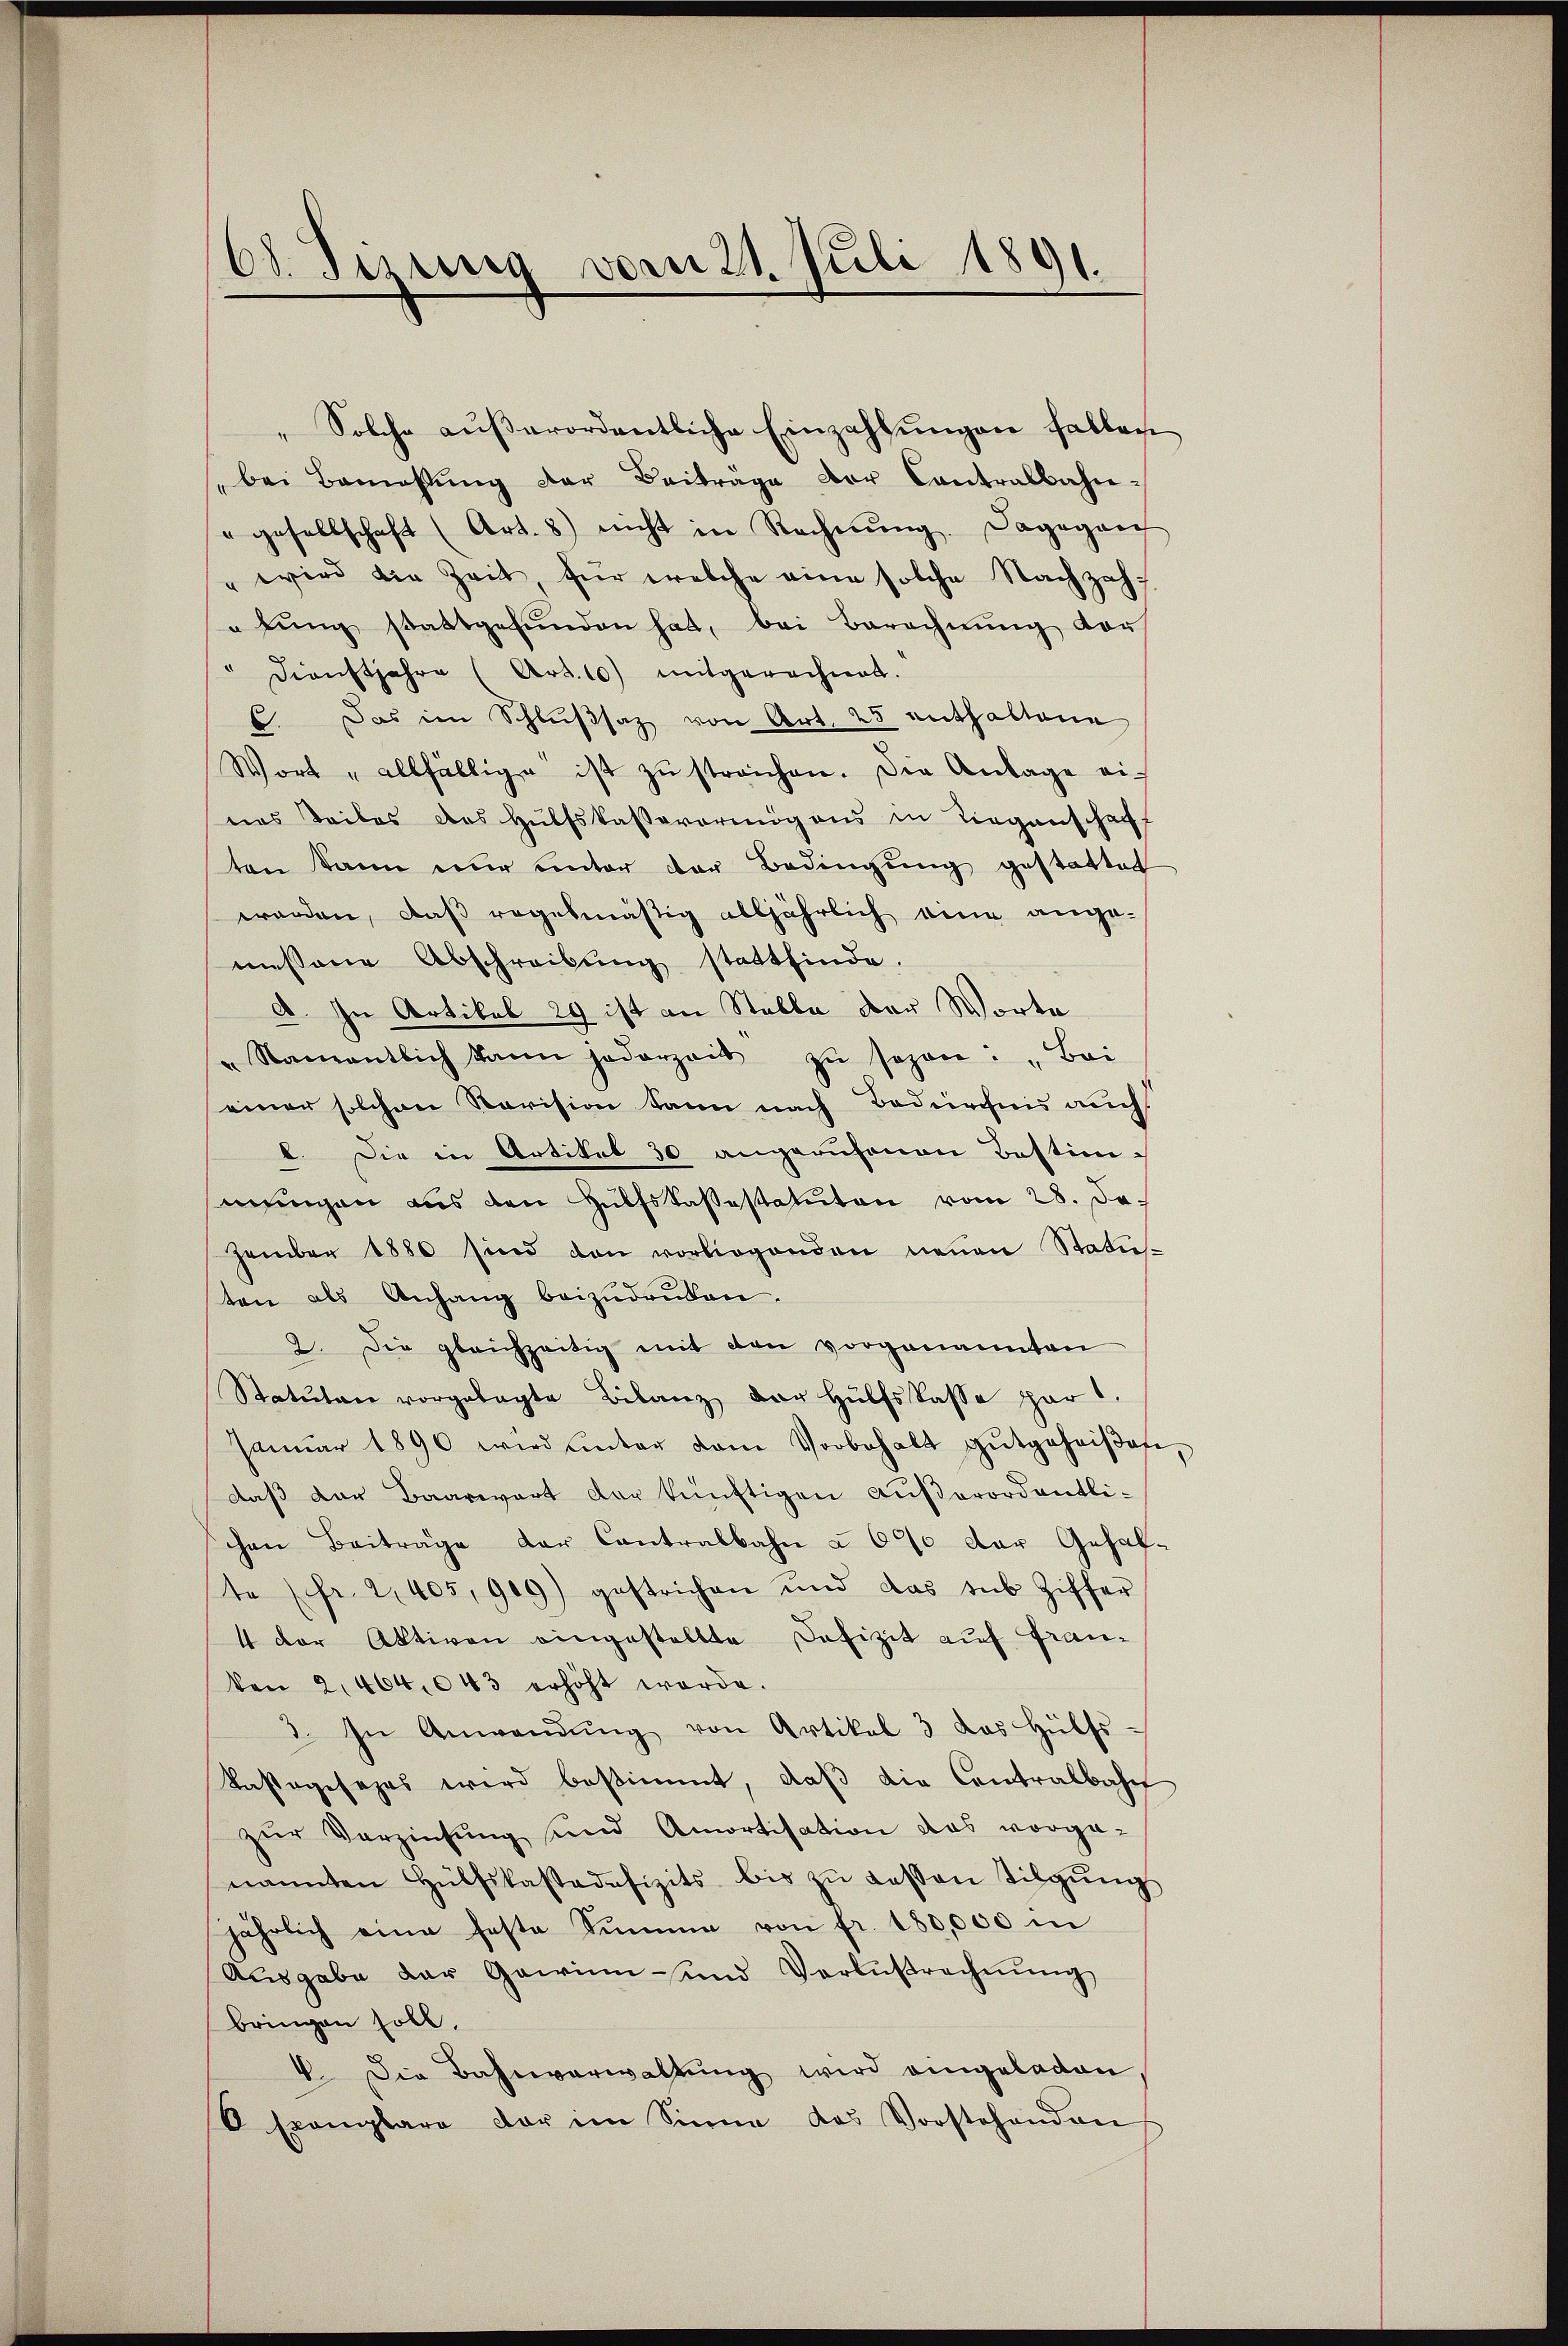
68. Sizung vom 21. Juli 1891.

„Solche außerordentliche Einzahlungen fallen
bei Bemahlŭng der Beiträge vor Contralbahn-
"gesellschaft (Art. 8) nicht in Rechnŭng. Dagegen
" wird die Zeit, für welche eine solche Nachzahlŭng stattgefŭnden hat, bei Berechnŭng vor
Dienstjahre (Art. 10) mitgerechnet.
C. Das im Schlŭβsaz von Art. 25 enthaltene
Wort „allfällige ist zŭ streichen. Die Anlage einas Seiles des Hülfskassavermögens in Liegenschaft
ten kann nur unter der Bedingung gestattet
werden, daß regelmäßig alljährlich eine ange-
messene Abschreibung stattfinde.
a. In Artikel 29 ist an Stelle der Worte
" Namentlich kann jederzeit zŭ sogen: „Bei
einer solchen Revision kann nach Bedürchnis auch
b. Die in Artikel 30 angerufenen Bestim-
mungen aus den Hülfskassestatuten vom 28. Dezember 1880 sind den vorliegenden neŭen Statu-
ton als Anhang beizŭdrüken.
2. Die gleichzeitig mit den vorgenannten
Statuten vorgelegte Bilanz der Hülfskasse par l.
Janŭar 1890 wird ŭnter dem Vorbehalt gutgeheiβen
daß der Baarwart der künftigen außerordentlichen Beiträge der Contralbahn § 690 der Gehalte (fr. 2, 405, 909) gestrichen und das sub Ziffer
4 der Aktiven eingestellte Defizit auf Franken 2, 464,043 erhöht werde.
3. In Anwendŭng von Artikel 3 das Hülfs-
Kastagesages wird bestimmt, daβ die Contralbahn
zŭr Verzinsung und Amortisation das vorge-
nannten Hülfskassadefizits bis zŭ dessen Tilgŭng
jährlich eine feste Summe von fr. 180,000 in
Aŭsgabe der Gewinn- und Verlustrechnŭng
bringen soll.
4. Die Bahnverwaltŭng wird eingeladen
V Exemplare der im Sinne das Vorstehenden